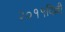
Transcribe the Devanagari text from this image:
२०११दिल्ली